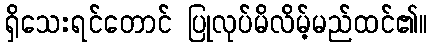
ရှိသေးရင်တောင် ပြုလုပ်မိလိမ့်မည်ထင်၏။